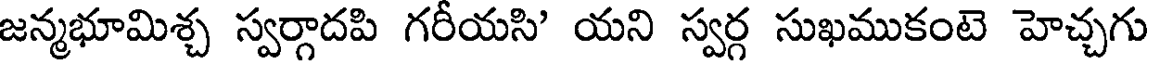
జన్మభూమిశ్చ స్వర్గాదపి గరీయసి' యని స్వర్గ సుఖముకంటె హెచ్చగు